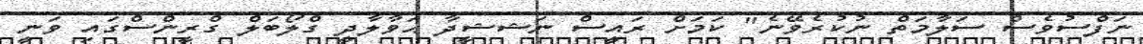
ނަފްސުވެސް ސަލާމަތް ނުކުރެވޭނެ" ކަމަށް ރައީސް ނަޝޝީދާ ޙަވާލާދީ ގްލޯބަލް ގްރީންސްގައި ވަނީ